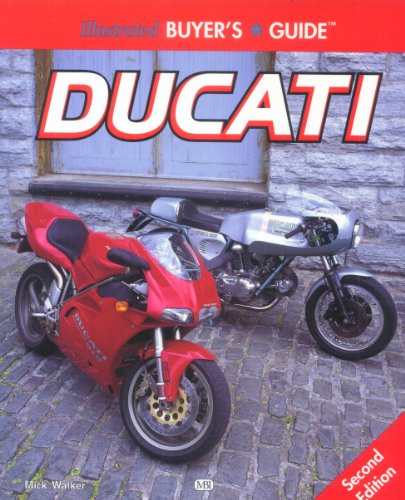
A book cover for Illustrated Ducati Buyer's Guide (Illustrated Buyer's Guide); Mick Walker; Engineering & Transportation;